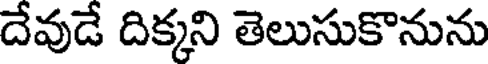
దేవుడే దిక్కని తెలుసుకొనును